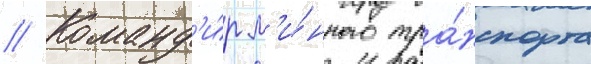
// Команд'и́р м'и́нного тра́нспорта